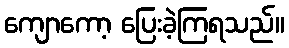
ကျောကော့ ပြေးခဲ့ကြရသည်။